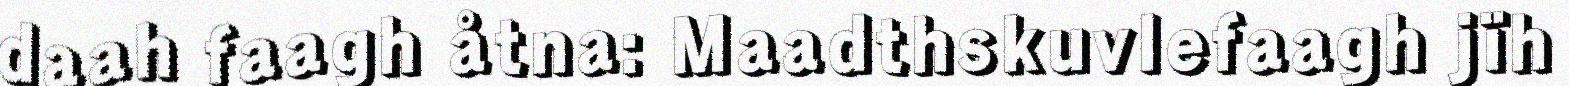
daah faagh åtna: Maadthskuvlefaagh jïh